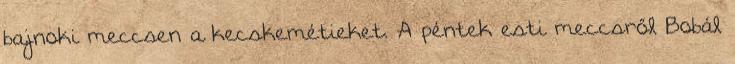
bajnoki meccsen a kecskemétieket. A péntek esti meccsről Bobál